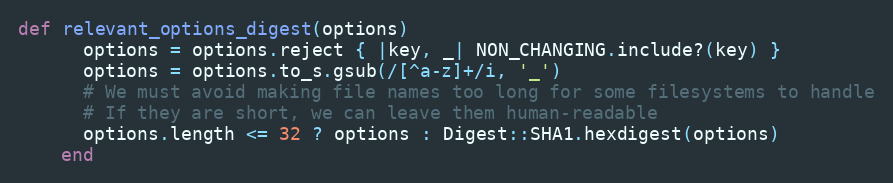
Language: Ruby
def relevant_options_digest(options)
      options = options.reject { |key, _| NON_CHANGING.include?(key) }
      options = options.to_s.gsub(/[^a-z]+/i, '_')
      # We must avoid making file names too long for some filesystems to handle
      # If they are short, we can leave them human-readable
      options.length <= 32 ? options : Digest::SHA1.hexdigest(options)
    end